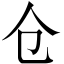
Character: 仓